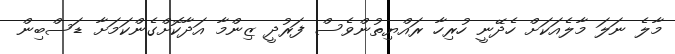
މާލެ ނަލަ މާލެއަކަށް ހެދޭނީ ހުރިހާ ރައްޔިތުންވެސް ފަރުދީ ޒިންމާ އަދާކޮށްގެންކަމަށާ ޑަސްބިން